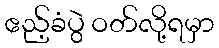
ဧည့်ခံပွဲ ဝတ်လို့ရမှာ